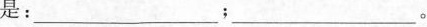
是：___；___。